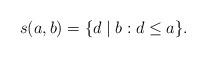
LaTeX: \begin{align*}s(a,b)=\{d\mid b:d\le a\}.\end{align*}